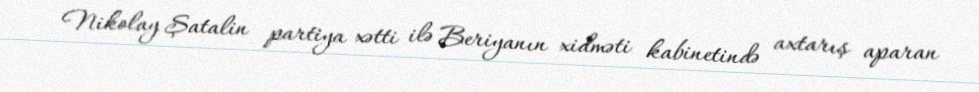
Nikolay Şatalin partiya xətti ilə Beriyanın xidməti kabinetində axtarış aparan